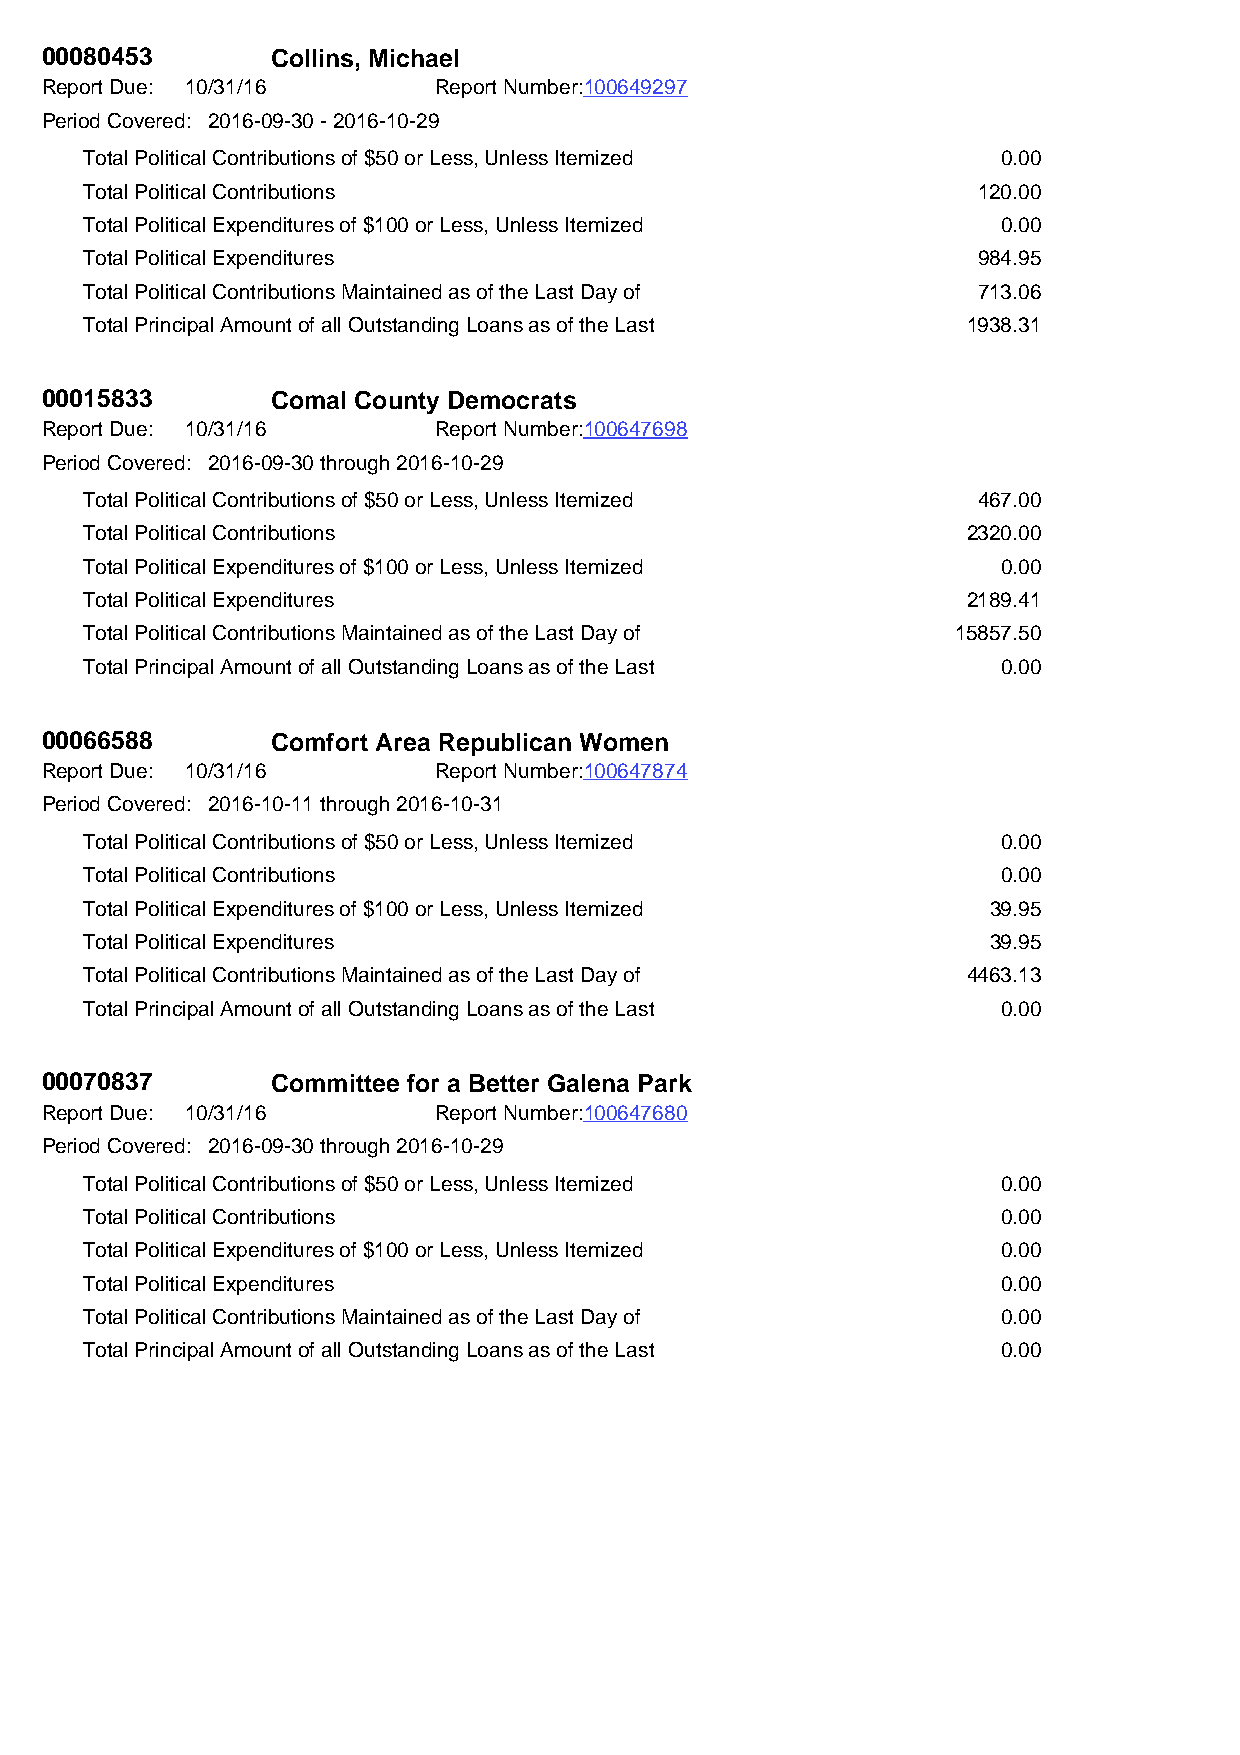
00080453       Collins, Michael
 Report Due: 10/31/16      Report Number:100649297
 Period Covered: 2016-09-30 - 2016-10-29
 Total Political Contributions of $50 or Less, Unless Itemized 0.00
 Total Political Contributions                              120.00
 Total Political Expenditures of $100 or Less, Unless Itemized 0.00
 Total Political Expenditures                               984.95
 Total Political Contributions Maintained as of the Last Day of 713.06
 Total Principal Amount of all Outstanding Loans as of the Last 1938.31
 00015833       Comal County Democrats
 Report Due: 10/31/16      Report Number:100647698
 Period Covered: 2016-09-30 through 2016-10-29
 Total Political Contributions of $50 or Less, Unless Itemized 467.00
 Total Political Contributions                             2320.00
 Total Political Expenditures of $100 or Less, Unless Itemized 0.00
 Total Political Expenditures                              2189.41
 Total Political Contributions Maintained as of the Last Day of 15857.50
 Total Principal Amount of all Outstanding Loans as of the Last 0.00
 00066588       Comfort Area Republican Women
 Report Due: 10/31/16      Report Number:100647874
 Period Covered: 2016-10-11 through 2016-10-31
 Total Political Contributions of $50 or Less, Unless Itemized 0.00
 Total Political Contributions                               0.00
 Total Political Expenditures of $100 or Less, Unless Itemized 39.95
 Total Political Expenditures                                39.95
 Total Political Contributions Maintained as of the Last Day of 4463.13
 Total Principal Amount of all Outstanding Loans as of the Last 0.00
 00070837       Committee for a Better Galena Park
 Report Due: 10/31/16      Report Number:100647680
 Period Covered: 2016-09-30 through 2016-10-29
 Total Political Contributions of $50 or Less, Unless Itemized 0.00
 Total Political Contributions                               0.00
 Total Political Expenditures of $100 or Less, Unless Itemized 0.00
 Total Political Expenditures                                0.00
 Total Political Contributions Maintained as of the Last Day of 0.00
 Total Principal Amount of all Outstanding Loans as of the Last 0.00